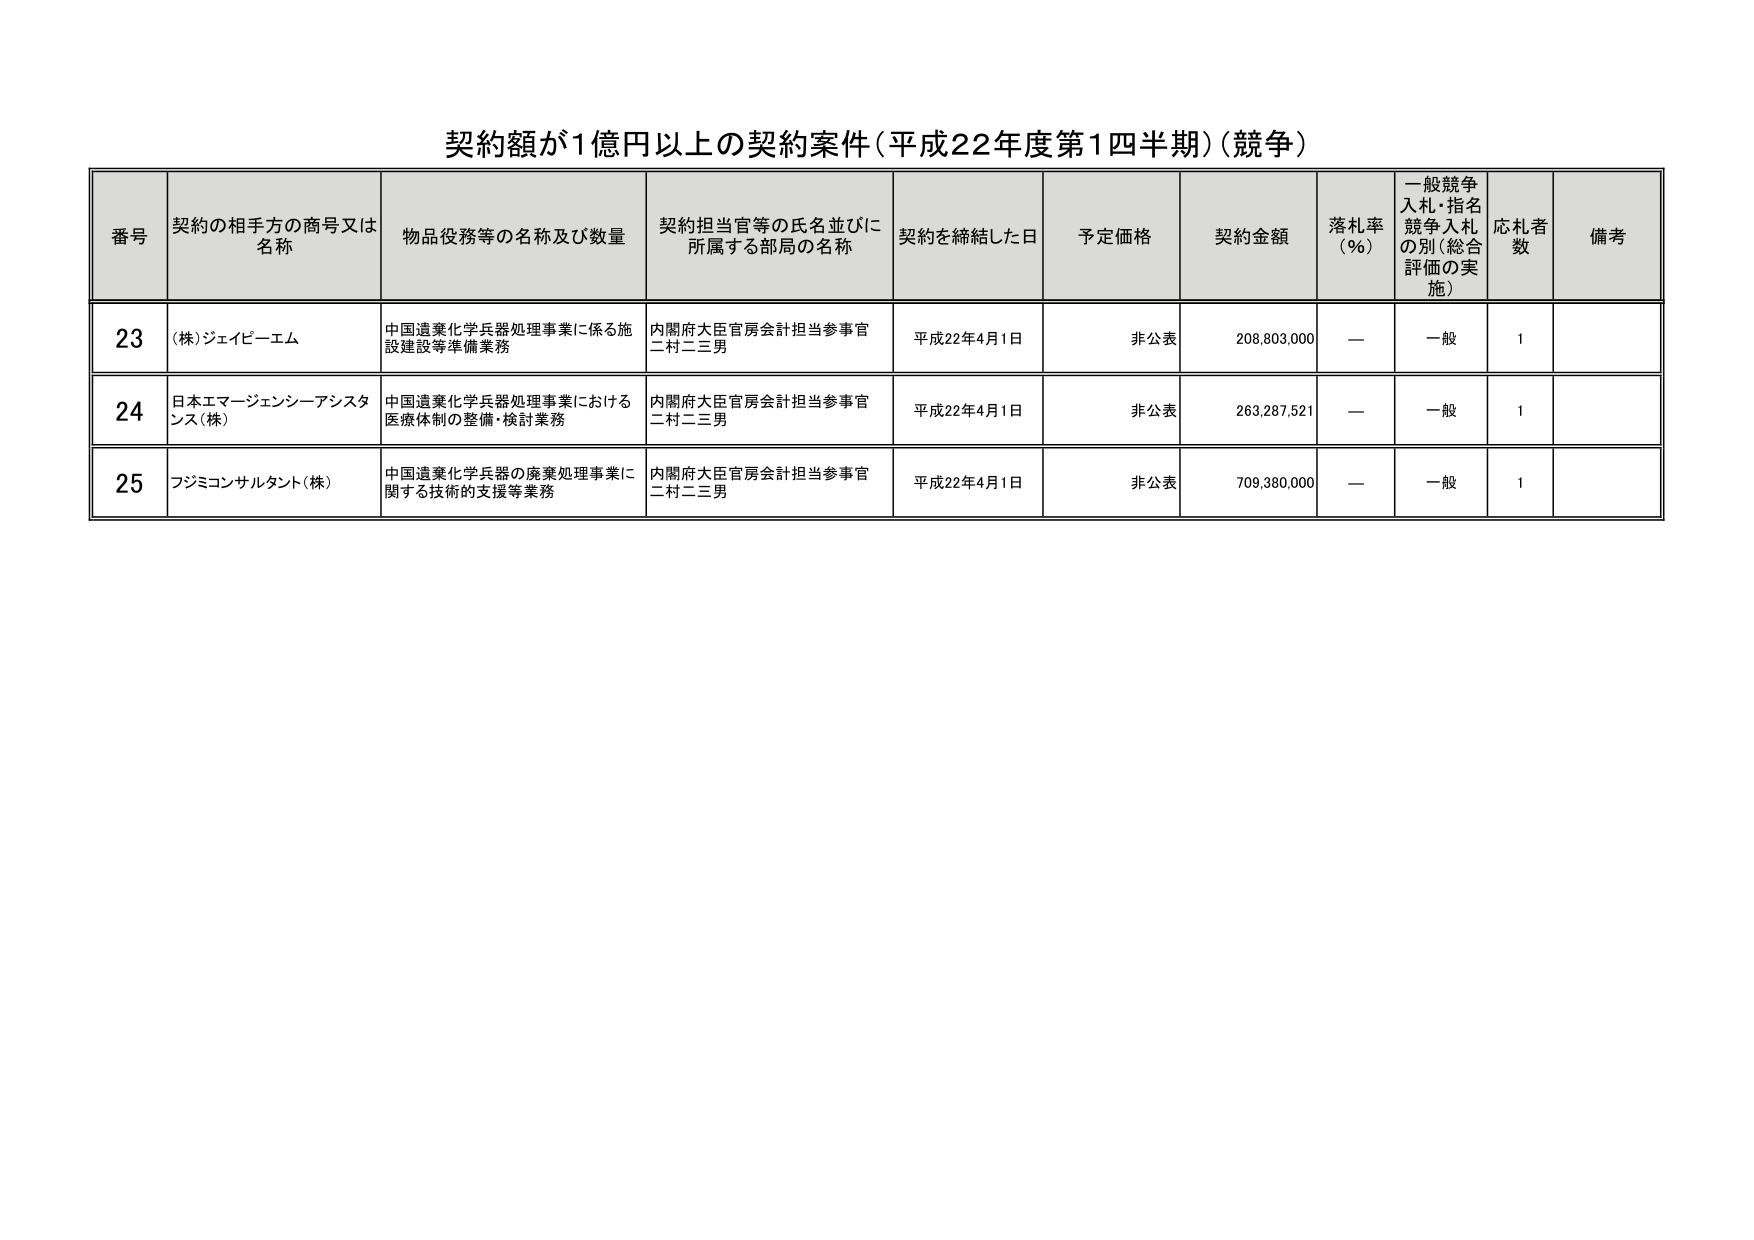
契約額が1億円以上の契約案件（平成22年度第1四半期）（競争）

番号　契約の相手方の商号又は名称　物品役務等の名称及び数量　契約担当官等の氏名並びに所属する部局の名称　契約を締結した日　予定価格　契約金額　落札率（％）　一般競争入札・指名競争入札の別（総合評価の実施）　応札者数　備考

23　（株）ジェイピーエム　中国遺棄化学兵器処理事業に係る施設建設等準備業務　内閣府大臣官房会計担当参事官 二村二三男　平成22年4月1日　非公表　208,803,000　―　一般　1

24　日本エマージェンシーアシスタンス（株）　中国遺棄化学兵器処理事業における医療体制の整備・検討業務　内閣府大臣官房会計担当参事官 二村二三男　平成22年4月1日　非公表　263,287,521　―　一般　1

25　フジミコンサルタント（株）　中国遺棄化学兵器の廃棄処理事業に関する技術的支援等業務　内閣府大臣官房会計担当参事官 二村二三男　平成22年4月1日　非公表　709,380,000　―　一般　1